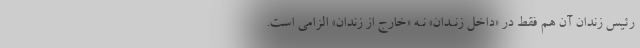
رئیس زندان آن هم فقط در «داخل زنـدان» نـه «خارج از زندان» الزامی است.